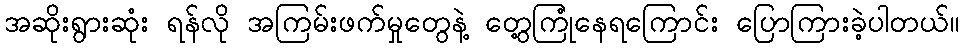
အဆိုးရွားဆုံး ရန်လို အကြမ်းဖက်မှုတွေနဲ့ တွေ့ကြုံနေရကြောင်း ပြောကြားခဲ့ပါတယ်။